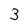
Character: 3